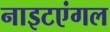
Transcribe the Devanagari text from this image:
नाइटएंगल